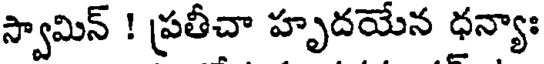
స్వామిన్ ! ప్రతీచా హృదయేన ధన్యాః